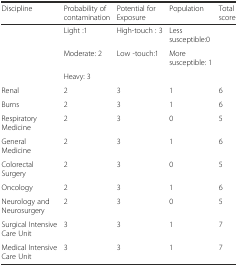
| Discipline | Probability of contamination | Potential for Exposure | Population | Total score |
 | --- | --- | --- | --- | --- |
 | <ROWSPAN=3>  | Light :1 | High-touch : 3 | Less susceptible:0 | <ROWSPAN=3>  |
 | Moderate: 2 | Low -touch:1 | More susceptible: 1 |
 | Heavy: 3 |  |  |
 | Renal | 2 | 3 | 1 | 6 |
 | Burns | 2 | 3 | 1 | 6 |
 | Respiratory Medicine | 2 | 3 | 0 | 5 |
 | General Medicine | 2 | 3 | 1 | 6 |
 | Colorectal Surgery | 2 | 3 | 0 | 5 |
 | Oncology | 2 | 3 | 1 | 6 |
 | Neurology and Neurosurgery | 2 | 3 | 0 | 5 |
 | Surgical Intensive Care Unit | 3 | 3 | 1 | 7 |
 | Medical Intensive Care Unit | 3 | 3 | 1 | 7 |